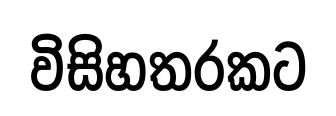
විසිහතරකට